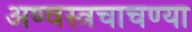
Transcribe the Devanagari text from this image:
अण्वस्त्रचाचण्या